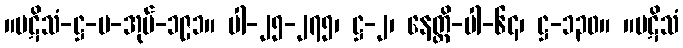
။ပဋိသံ-ဋ္ဌ-ပ-အုပ်-၁၉၁။ ပါ-၂၅-၂၇၅၊ ဋ္ဌ-၂၊ နေတ္တိ-ပါ-၆၄၊ ဋ္ဌ-၁၃၀။ ။ပဋိသံ